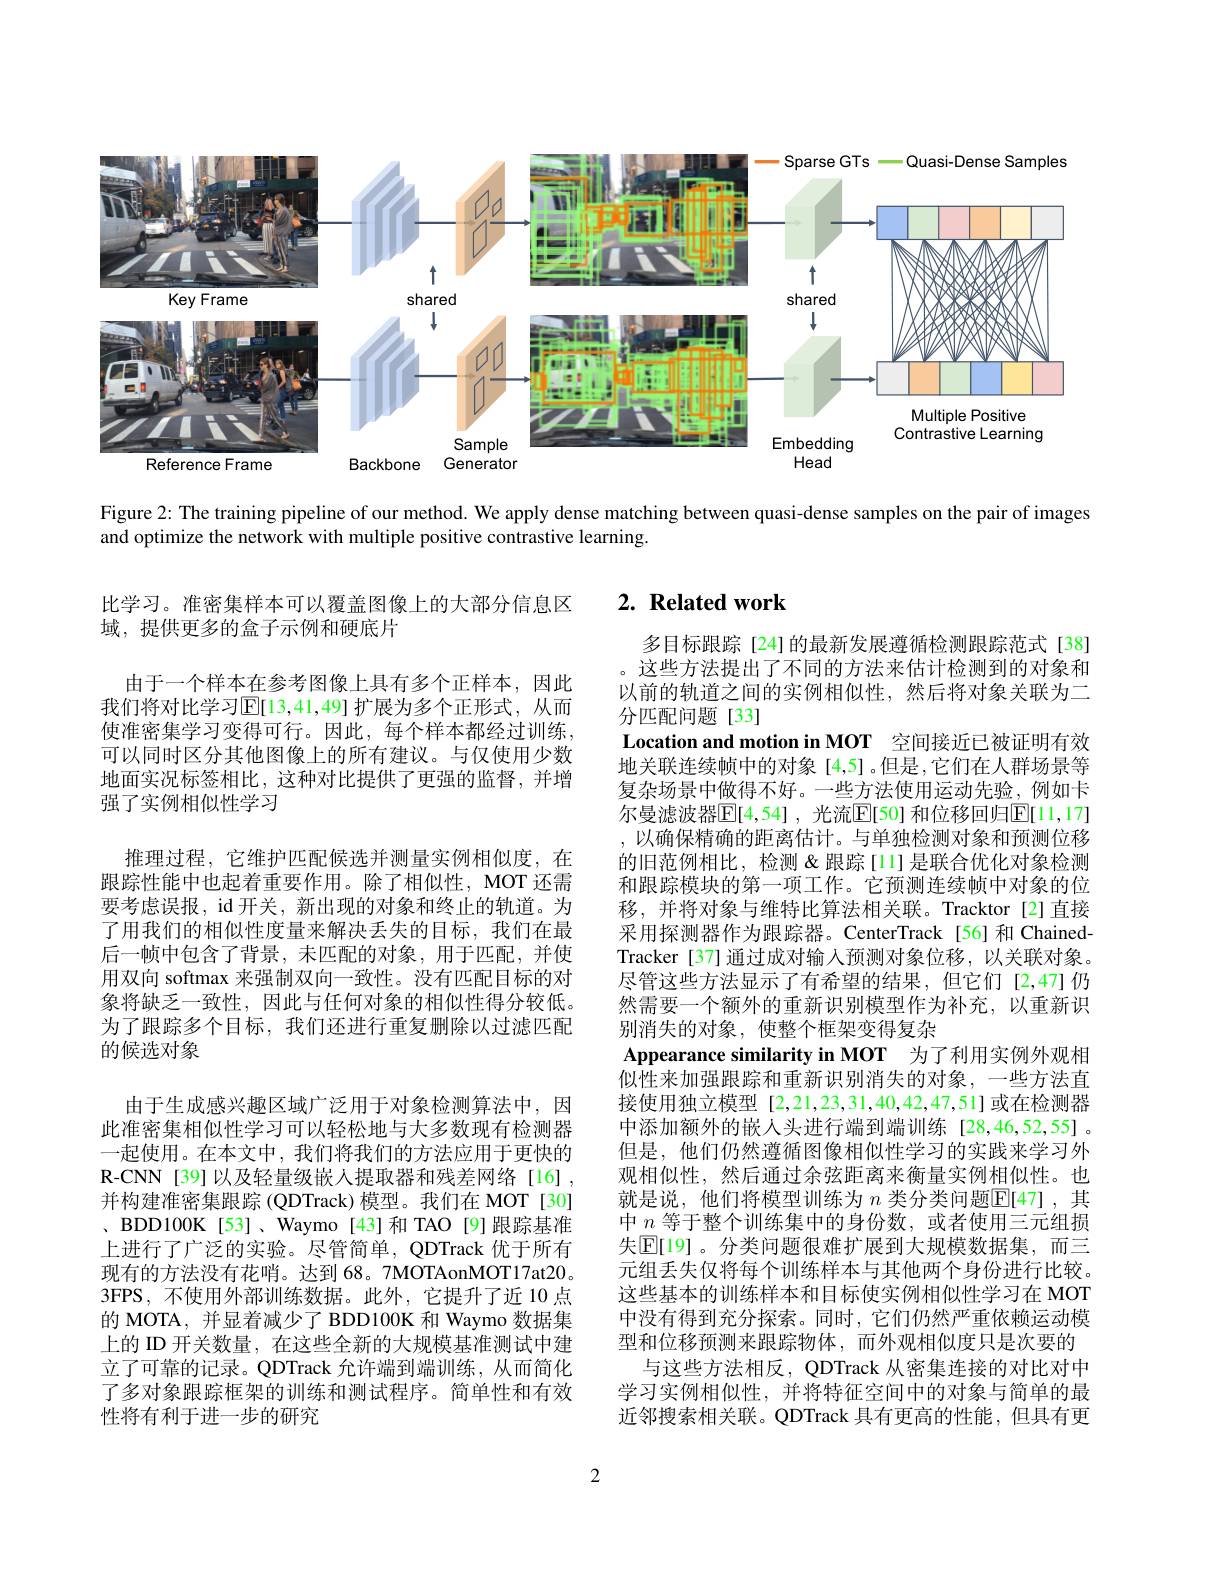
<FigureHere>

Figure 2: The training pipeline of our method. We apply dense matching between quasi-dense samples on the pair of images
and optimize the network with multiple positive contrastive learning.

## $2. \textbf{ Related work}$

比学习。准密集样本可以覆盖图像上的大部分信息区
域，提供更多的盒子示例和硬底片

由于一个样本在参考图像上具有多个正样本，因此我们将对比学习$\mathbb{E}[13,41,49]$扩展为多个正形式，从而使准密集学习变得可行。因此，每个样本都经过训练， 可以同时区分其他图像上的所有建议。与仅使用少数地面实况标签相比，这种对比提供了更强的监督，并增强了实例相似性学习

推理过程，它维护匹配候选并测量实例相似度，在跟踪性能中也起着重要作用。除了相似性，MOT 还需要考虑误报，id 开关，新出现的对象和终止的轨道。为了用我们的相似性度量来解决丢失的目标，我们在最后一帧中包含了背景，未匹配的对象，用于匹配，并使用双向 softmax 来强制双向一致性。没有匹配目标的对象将缺乏一致性，因此与任何对象的相似性得分较低。为了跟踪多个目标，我们还进行重复删除以过滤匹配的候选对象

由于生成感兴趣区域广泛用于对象检测算法中，因此准密集相似性学习可以轻松地与大多数现有检测器一起使用。在本文中，我们将我们的方法应用于更快的R-CNN[39]以及轻量级嵌人提取器和残差网络[16], 并构建准密集跟踪 (QDTrack) 模型。我们在 MOT [30] 、BDD100K[53]、Waymo[43]和 TAO[9]跟踪基准上进行了广泛的实验。尽管简单，QDTrack 优于所有现有的方法没有花哨。达到 68。7MOTAonMOT17at20。3FPS,不使用外部训练数据。此外，它提升了近 10 点的 MOTA, 并显着减少了 BDD100K 和 Waymo 数据集上的 ID 开关数量，在这些全新的大规模基准测试中建立了可靠的记录。QDTrack 允许端到端训练，从而简化了多对象跟踪框架的训练和测试程序。简单性和有效性将有利于进一步的研究

多目标跟踪[24]的最新发展遵循检测跟踪范式[38] 这些方法提出了不同的方法来估计检测到的对象和
以前的轨道之间的实例相似性，然后将对象关联为二
分匹配问题[33]
Location and motion in MOT 空间接近已被证明有效地关联连续帧中的对象[4,5]。但是，它们在人群场景等复杂场景中做得不好。一些方法使用运动先验，例如卡尔曼滤波器$\mathbb{E}[4,54]$ ,光流$\mathbb{E}[50]$ 和位移回归$\mathbb{E}[11,17]$ ,以确保精确的距离估计。与单独检测对象和预测位移的旧范例相比，检测&跟踪[11]是联合优化对象检测和跟踪模块的第一项工作。它预测连续帧中对象的位移，并将对象与维特比算法相关联。Tracktor[2]直接采用探测器作为跟踪器。CenterTrack[56]和 ChainedTracker[37]通过成对输人预测对象位移，以关联对象。尽管这些方法显示了有希望的结果，但它们[2,47]仍然需要一个额外的重新识别模型作为补充，以重新识别消失的对象，使整个框架变得复杂
Appearance similarity in MOT 为了利用实例外观相似性来加强跟踪和重新识别消失的对象，一些方法直接使用独立模型 [2,21,23,31,40,42,47,51]或在检测器中添加额外的嵌人头进行端到端训练[28,46,52,55] 。但是，他们仍然遵循图像相似性学习的实践来学习外观相似性，然后通过余弦距离来衡量实例相似性。也就是说，他们将模型训练为$n$类分类问题$\mathbb{E}[47]$,其中$n$等于整个训练集中的身份数，或者使用三元组损失$\mathbb{E}[$19]。分类问题很难扩展到大规模数据集，而三元组丢失仅将每个训练样本与其他两个身份进行比较。这些基本的训练样本和目标使实例相似性学习在 MOT 中没有得到充分探索。同时，它们仍然严重依赖运动模型和位移预测来跟踪物体，而外观相似度只是次要的
与这些方法相反，QDTrack 从密集连接的对比对中学习实例相似性，并将特征空间中的对象与简单的最近邻搜索相关联。QDTrack 具有更高的性能，但具有更

2